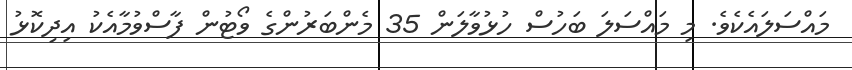
މައްސަލައެކެވެ. މި މައްސަލަ ބަހުސް ހުޅުވާލަން 35 މެންބަރުންގެ ވޯޓުން ފާސްވުމާއެކު އިދިކޮޅު